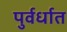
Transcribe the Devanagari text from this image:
पुर्वर्धात